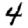
Digit: 4